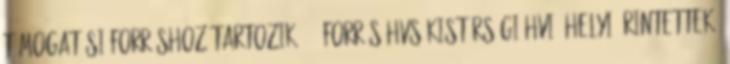
támogatási forráshoz tartozik 103 Forrás:HVS kistérségi HVI, helyi érintettek,